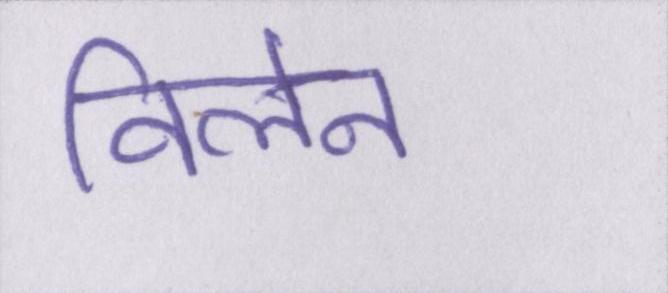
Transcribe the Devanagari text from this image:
विलेन